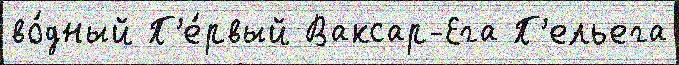
во́дный П'е́рвый Ваксар-Ега П'ельега